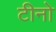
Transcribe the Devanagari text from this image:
टीनो